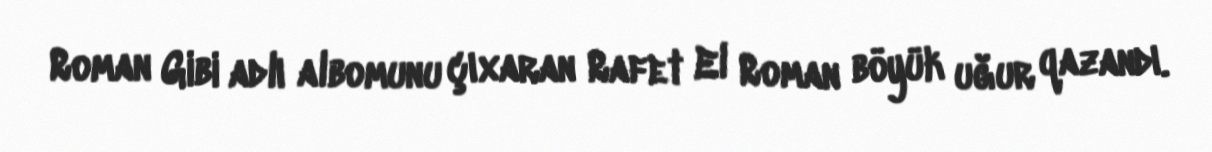
Roman Gibi adlı albomunu çıxaran Rafet El Roman böyük uğur qazandı.